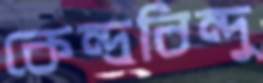
কেন্দ্রবিন্দু